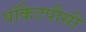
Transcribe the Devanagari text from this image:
पॉकेटपीसी